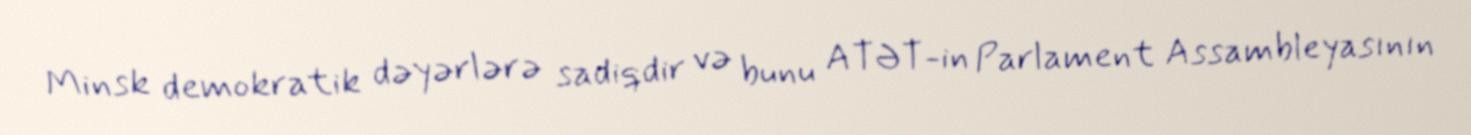
Minsk demokratik dəyərlərə sadiqdir və bunu ATƏT-in Parlament Assambleyasının